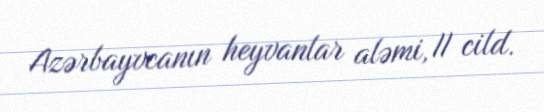
Azərbayvcanın heyvanlar aləmi, II cild.